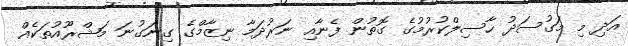
އަދި މި މަގުސަދު ހާސިލްކުރުމުގެ ގޮތުން ފެނާއި ނަރުދަމާ ނިޒާމްގެ ގިނަގުނަ މަޝްރޫއުތަކެއް